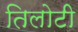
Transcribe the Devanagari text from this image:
तिलोटी